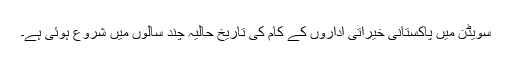
سویڈن میں پاکستانی خیراتی اداروں کے کام کی تاریخ حالیہ چند سالوں میں شروع ہوئی ہے۔